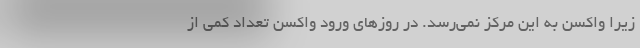
زیرا واکسن‌ به این مرکز نمی‌رسد. در روزهای ورود واکسن تعداد کمی از